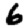
Digit: 6